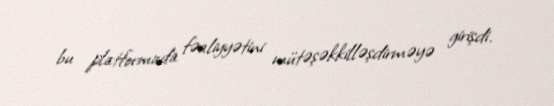
bu platformada fəaliyyətini mütəşəkkilləşdirməyə girişdi.